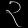
Digit: ၃